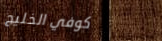
كوفي الخليج